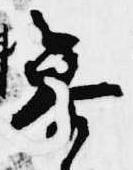
参